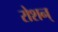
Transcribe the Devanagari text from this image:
रोशन्